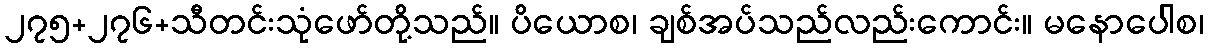
၂၇၅+၂၇၆+သီတင်းသုံဖော်တို့သည်။ ပိယောစ၊ ချစ်အပ်သည်လည်းကောင်း။ မနောပေါစ၊